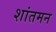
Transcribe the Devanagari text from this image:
शांतमन